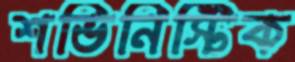
শভিনিস্টিক